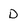
Character: D